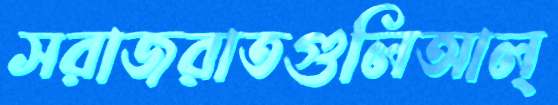
সরাজরাতগুলিআল্